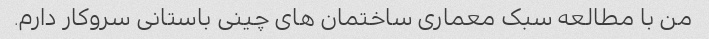
من با مطالعه سبک معماری ساختمان های چینی باستانی سروکار دارم.